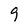
Character: 9